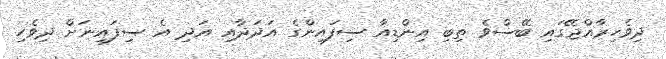
ދިވެހިރާއްޖޭގައި ބޭސްވެ ތިބި އިންޑިއާ ސިފައިންގެ އަދަދާއި އަދި އެ ސިފައިނަށް ދިވެހި